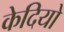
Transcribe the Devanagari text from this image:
केदियो